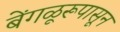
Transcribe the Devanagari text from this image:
बेंगळूरूपासून